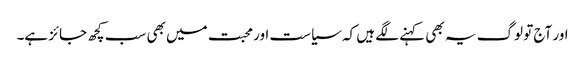
اور آج تو لوگ یہ بھی کہنے لگے ہیں کہ سیاست اور محبت میں بھی سب کچھ جائز ہے۔